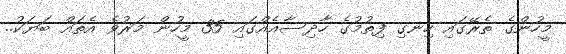
މީހުންގެ ތެރޭގައި ހިނގި ފިތުމުގެ ހާދިސާއެއްގައި 35 މީހުން މަރުވެ އެތައް ބަޔަކު..